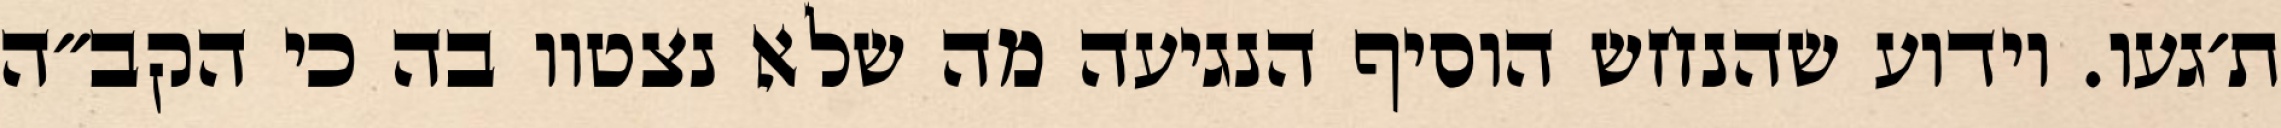
ת׳געו. וידוע שהנחש הוסיף הנגיעה מה שלא נצטוו בה כי הקב״ה